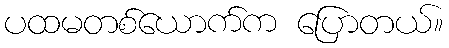
ပထမတစ်ယောက်က ပြောတယ်။